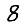
Digit: 8